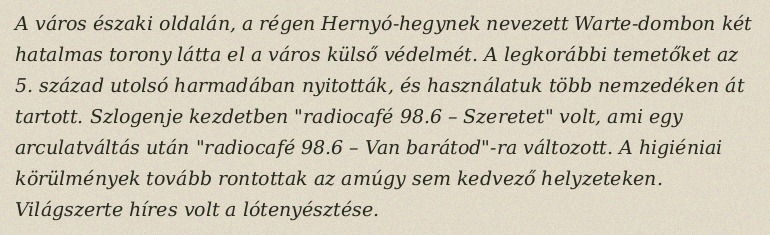
A város északi oldalán, a régen Hernyó-hegynek nevezett Warte-dombon két hatalmas torony látta el a város külső védelmét. A legkorábbi temetőket az 5. század utolsó harmadában nyitották, és használatuk több nemzedéken át tartott. Szlogenje kezdetben "radiocafé 98.6 – Szeretet" volt, ami egy arculatváltás után "radiocafé 98.6 – Van barátod"-ra változott. A higiéniai körülmények tovább rontottak az amúgy sem kedvező helyzeteken. Világszerte híres volt a lótenyésztése.